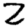
Digit: 2